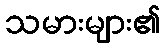
သမားများ၏